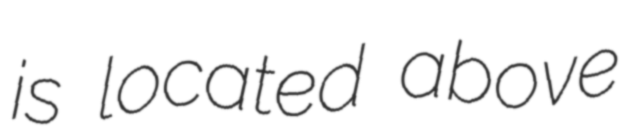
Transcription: is located above